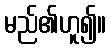
မည်၏ဟူ၍။